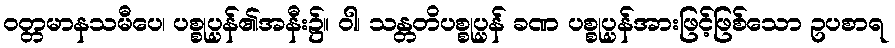
ဝတ္တမာနသမီပေ၊ ပစ္စုပ္ပန်၏အနီး၌။ ဝါ၊ သန္တတိပစ္စုပ္ပန် ခဏ ပစ္စုပ္ပန်အားဖြင့်ဖြစ်သော ဥပစာရ